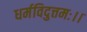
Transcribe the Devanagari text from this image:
धर्मविदुत्तमः।।